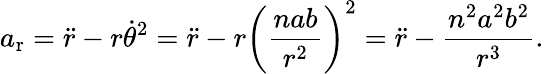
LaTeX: a_{\mathrm{r}}={\ddot{r}}-r{\dot{\theta}}^{2}={\ddot{r}}-r\left({\frac{nab}{r^{2}}}\right)^{2}={\ddot{r}}-{\frac{n^{2}a^{2}b^{2}}{r^{3}}}.